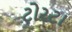
ટોરટા